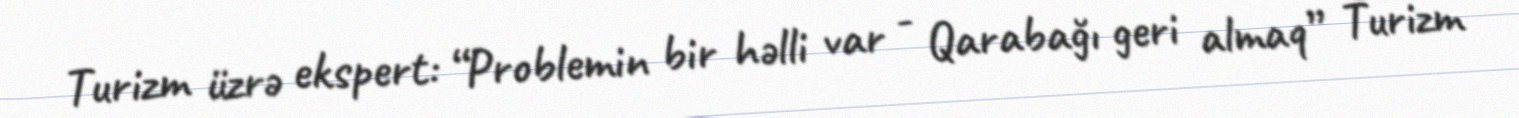
Turizm üzrə ekspert: “Problemin bir həlli var - Qarabağı geri almaq” Turizm